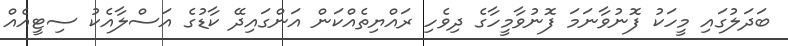
ބަދަލުގައި މީހަކު ފޮނުވާނަމަ ފޮނުވާމީހާގެ ދިވެހި ރައްޔިތެއްކަން އަންގައިދޭ ކާޑުގެ އަސްލާއެކު ސިޓީއެއް